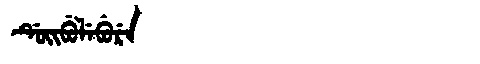
Manchu: ᡩᡠᡳᠪᡠᠯᡝᠪᡠᡵᡝ
Romanization: DUIBULEBURE